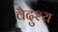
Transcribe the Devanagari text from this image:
वैदुश्य